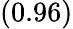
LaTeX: \left(0.96\right)